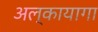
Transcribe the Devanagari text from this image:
अल्कायागा